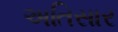
અતિસાર